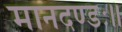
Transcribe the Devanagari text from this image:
मानदण्डः॥